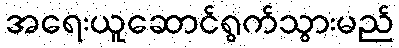
အရေးယူဆောင်ရွက်သွားမည်